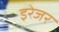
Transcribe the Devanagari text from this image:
इरेजर